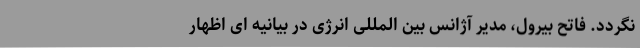
نگردد. فاتح بیرول، مدیر آژانس بین المللی انرژی در بیانیه ای اظهار